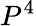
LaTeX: P^{4}